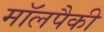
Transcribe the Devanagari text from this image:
मॉलपैकी